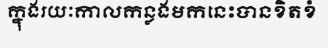
ក្នុងរយៈកាលកន្លងមកនេះបានខិតខំ